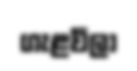
ගැළවිලා